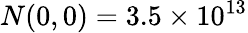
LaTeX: N(0,0)=3.5\times 10^{13}